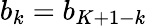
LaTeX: b_{k}=b_{K+1-k}